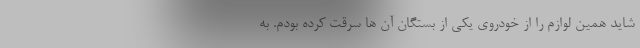
شاید همین لوازم را از خودروی یکی از بستگان آن ها سرقت کرده بودم. به